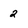
Character: 2